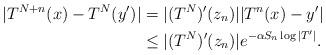
LaTeX: \begin{align*} |T^{N+n}(x)-T^N(y')| &= |(T^N)'(z_n)||T^n(x)-y'| \\ &\leq |(T^N)'(z_n)| e^{-\alpha S_n \log|T'|}. \end{align*}